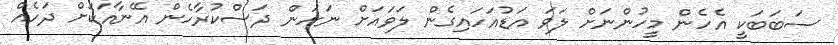
ސަބަބަކީ އެހެން މީހުންނަށް ލަވަ އަޑުއަހައިގެން ލަވައަށް ނަށަން ދަސްކުރާހެން އޭނާއަކަށް ދަހެއް